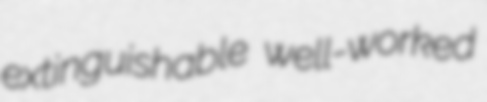
extinguishable well-worked